Medical and sanitary report of the native army of Bengal for the year
Year: 1878
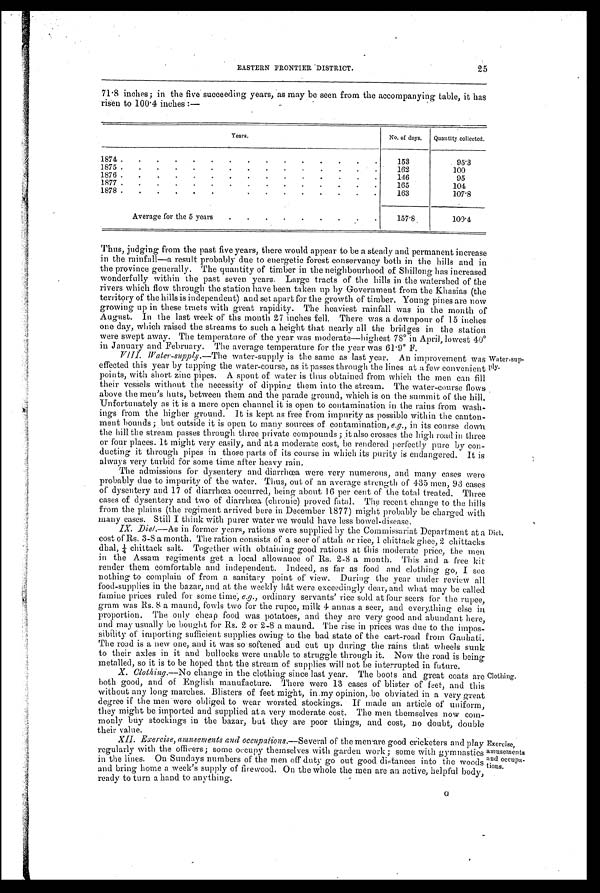
EASTERN FRONTIER DISTRICT. 25
71.8 inches; in the five succeeding years, as may be seen from the accompanying table, it has
risen to 100.4 inches :—
Years.
No. of days. Quantity collected.
1874 . .
.
. .
.
.
.
.
. .
.
.
.
.
153
95.3
1875 .
.
.
.
.
. . . . . . . . . .
162
100
1876 . .
. .
.
.
.
.
.
.
.
.
.
. .
146
95
1877 . .
.
.
.
.
.
.
. .
.
.
.
.
.
165
104
1878 .
.
.
.
.
.
163
107.8
Average for the 5 years
.
.
.
.
.
.
. .
.
157.8
109.4
Thus, judging from the past five years, there would appear to be a steady and permanent increase
in the rainfall—a result probably due to energetic forest conservancy both in the hills and in
the province generally. The quantity of timber in the neighbourhood of Shillong has increased
wonderfully within the past seven years. Large tracts of the hills in the watershed of the
rivers which flow through the station have been taken up by Government from the Khasias (the
territory of the hills is independent) and set apart for the growth of timber. Young pines are now
growing up in these tracts with great rapidity. The heaviest rainfall was in the month of
August. In the last week of the month 27 inches fell. There was a downpour of 15 inches
one day, which raised the streams to such a height that nearly all the bridges in the station
were swept away. The temperature of the year was moderate—highest 78° in April, lowest 40°i
n January and February. The average temperature for the year was 61.9° F.
VIII. Water-supply.—The water-supply is tile same as last year. An improvement was
effected this year by tapping the water-course, as it passes through the lines at a few convenient
points, with short zinc pipes. A spout of water is thus obtained from which the men can fill
their vessels without the necessity of dipping them into the stream. The water-course flows
above the men's huts, between them and the parade ground, which is on the summit of the hill.
Unfortunately as it is a mere open channel it is open to contamination in the rains from wash
-ings from the higher ground. It is kept as free from impurity as possible within the canton
-ment bounds ; but outside it is open to many sources of contamination, e.g., in its course down.
the hill the stream passes through three private compounds ; it also crosses the high road in three
or four places. It might very easily, and at a moderate cost, be rendered perfectly pure by con
-ducting it through pipes in those parts of its course in which its purity is endangered. It is
always very turbid for some time after heavy rain.
The admissions for dysentery and diarrhœa were very numerous, and many cases were
probably due to impurity of the water. Thus, out of an average strength of 435 men, 93 cases
of dysentery and 17 of diarrhœa occurred, being about 16 per cent of the total treated. Three
cases of dysentery and two of diarrhœa (chronic) proved fatal. The recent change to the hills
from the plains (the regiment arrived here in December 1877) might probably be charged with
many cases. Still I think with purer water we would have less bowel-disease.
Water-sup
-ply.
IX. Diet.—As in former years, rations were supplied by the commissariat Department at a
cost of Rs. 3-8 a month. The ration consists of a seer or attah or rice, 1 chittack ghee, 2 chittacks
d h a l , ¼ c h i t t a c k s a l t . T o g e t h e r w i t h o b t a i n i n g g o o d r a t i o n s a t t h i s m o d e r a t e p r i c e , t h e m e n
in the Assam regiments get a local allowance of Rs. 2-8 a month. This and a free kit
render them comfortable and independent. Indeed, as far as food and clothing go, I see
nothing to complain of from a sanitary point of view. During the year under review all
food-supplies in the bazar, and at the weekly hât were exceedingly dear, and what may be called
famine prices ruled for some time, e.g., ordinary servants' rice sold at four seers for the rupee,
gram was Rs. 8 a maund, fowls two for the rupee, milk 4 annas a seer, and everything else in
proportion. The only cheap food was potatoes, and they are very good and abundant here,
and may usually be bought for Rs. 2 or 2-8 a maund. The rise in prices was due to the impos
-sibility of importing sufficient supplies owing to the bad state of the cart-road from Gauhati.
The road is a new one, and it was so softened and cut up during the rains that wheels sunk
to their axles in it and bullocks were unable to struggle through it. Now the road is being
metalled, so it is to be hoped that the stream of supplies will not be interrupted in future.
X. Clothing.—No change in the clothing since last year. The boots and great coats are
both good, and of English manufacture. There were 13 cases of blister of feet, and this
without any long marches. Blisters of feet might, in my opinion, be obviated in a very great
degree if the men were obliged to wear worsted stockings. If made an article of uniform,
they might be imported and supplied at a very moderate cost. The men themselves now com
-monly buy stockings in the bazar, but they are poor things, and cost, no doubt, double
their value.
XII. Exercise, amusements and occupations.—Several of the men are good cricketers and play
regularly with the officers; some occupy themselves with garden work; some with gymnastics
in the lines. On Sundays numbers of the men off duty go out good distances into the woods
and bring home a week's supply of firewood. On the whole the men are an active, helpful body,
ready to turn a hand to anything.
Diet.
Clothing.
Exercise,
amusements
Occupa
-tions. G
G